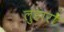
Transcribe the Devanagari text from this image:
लुहारों